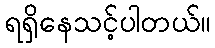
ရရှိနေသင့်ပါတယ်။